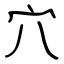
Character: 穴